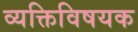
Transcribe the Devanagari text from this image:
व्यक्तिविषयक